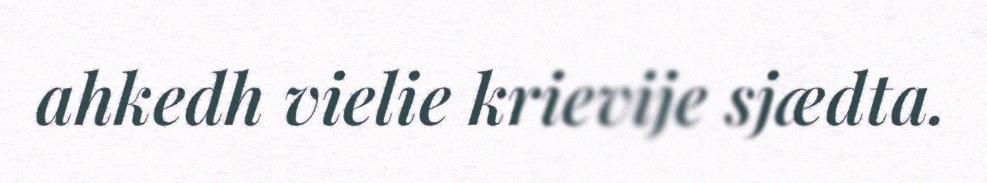
ahkedh vielie krievije sjædta.